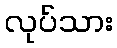
လုပ်သား